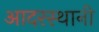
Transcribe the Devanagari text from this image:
आदरस्थानी